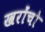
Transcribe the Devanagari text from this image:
खरोंचो